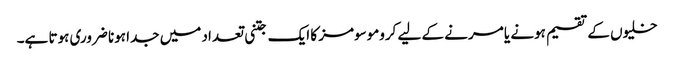
خلیوں کے تقسیم ہونے یا مرنے کے لیے کروموسومز کا ایک جتنی تعداد میں جدا ہونا ضروری ہوتا ہے۔